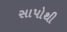
સાપોથી